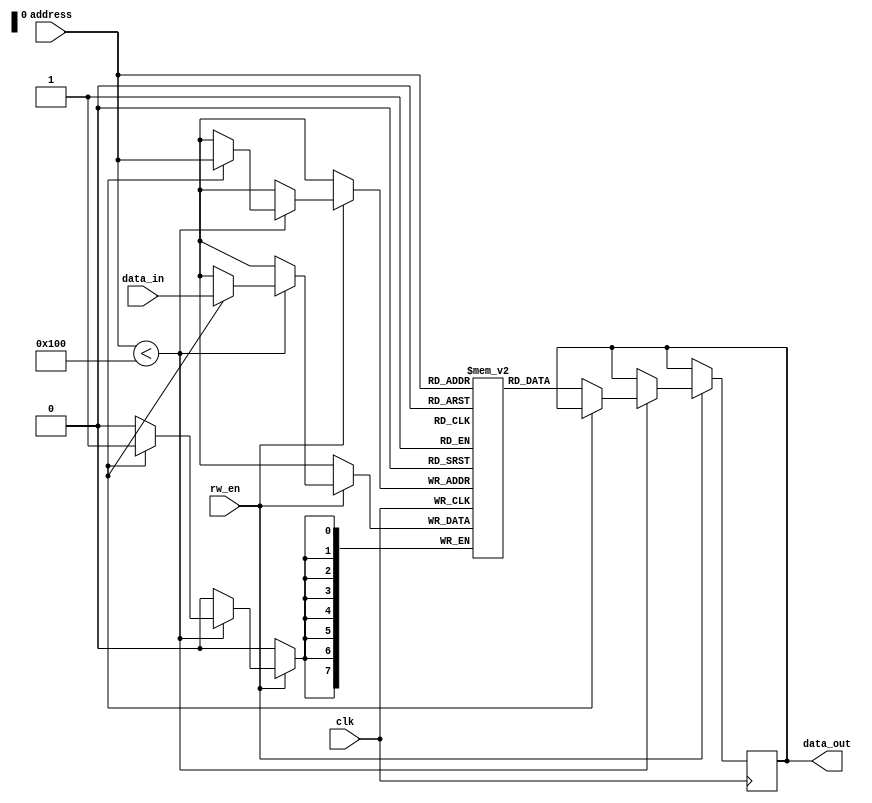
module dual_port_ram (
  input wire clk,
  input wire rw_en,
  input wire [7:0] address,
  input wire [7:0] data_in,
  output reg [7:0] data_out
);

reg [7:0] memory [0:255];

always @(posedge clk) begin
  if (rw_en) begin
    if (address < 256) begin
      if (wr_en) begin
        memory[address] <= data_in;
      end
      else begin
        data_out <= memory[address];
      end
    end
  end
end

endmodule